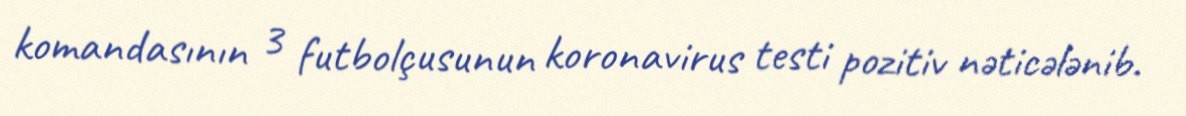
komandasının 3 futbolçusunun koronavirus testi pozitiv nəticələnib.